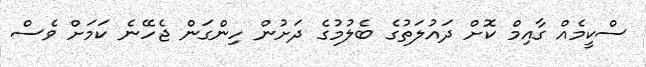
ސްކީމެއް ގާއިމް ކޮށް ދައުލަތުގެ ބެލުމުގެ ދަށުން ހިންގަން ޖެހޭނެ ކަމަށް ވެސް